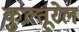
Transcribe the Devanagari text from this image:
कुल्तूरेल